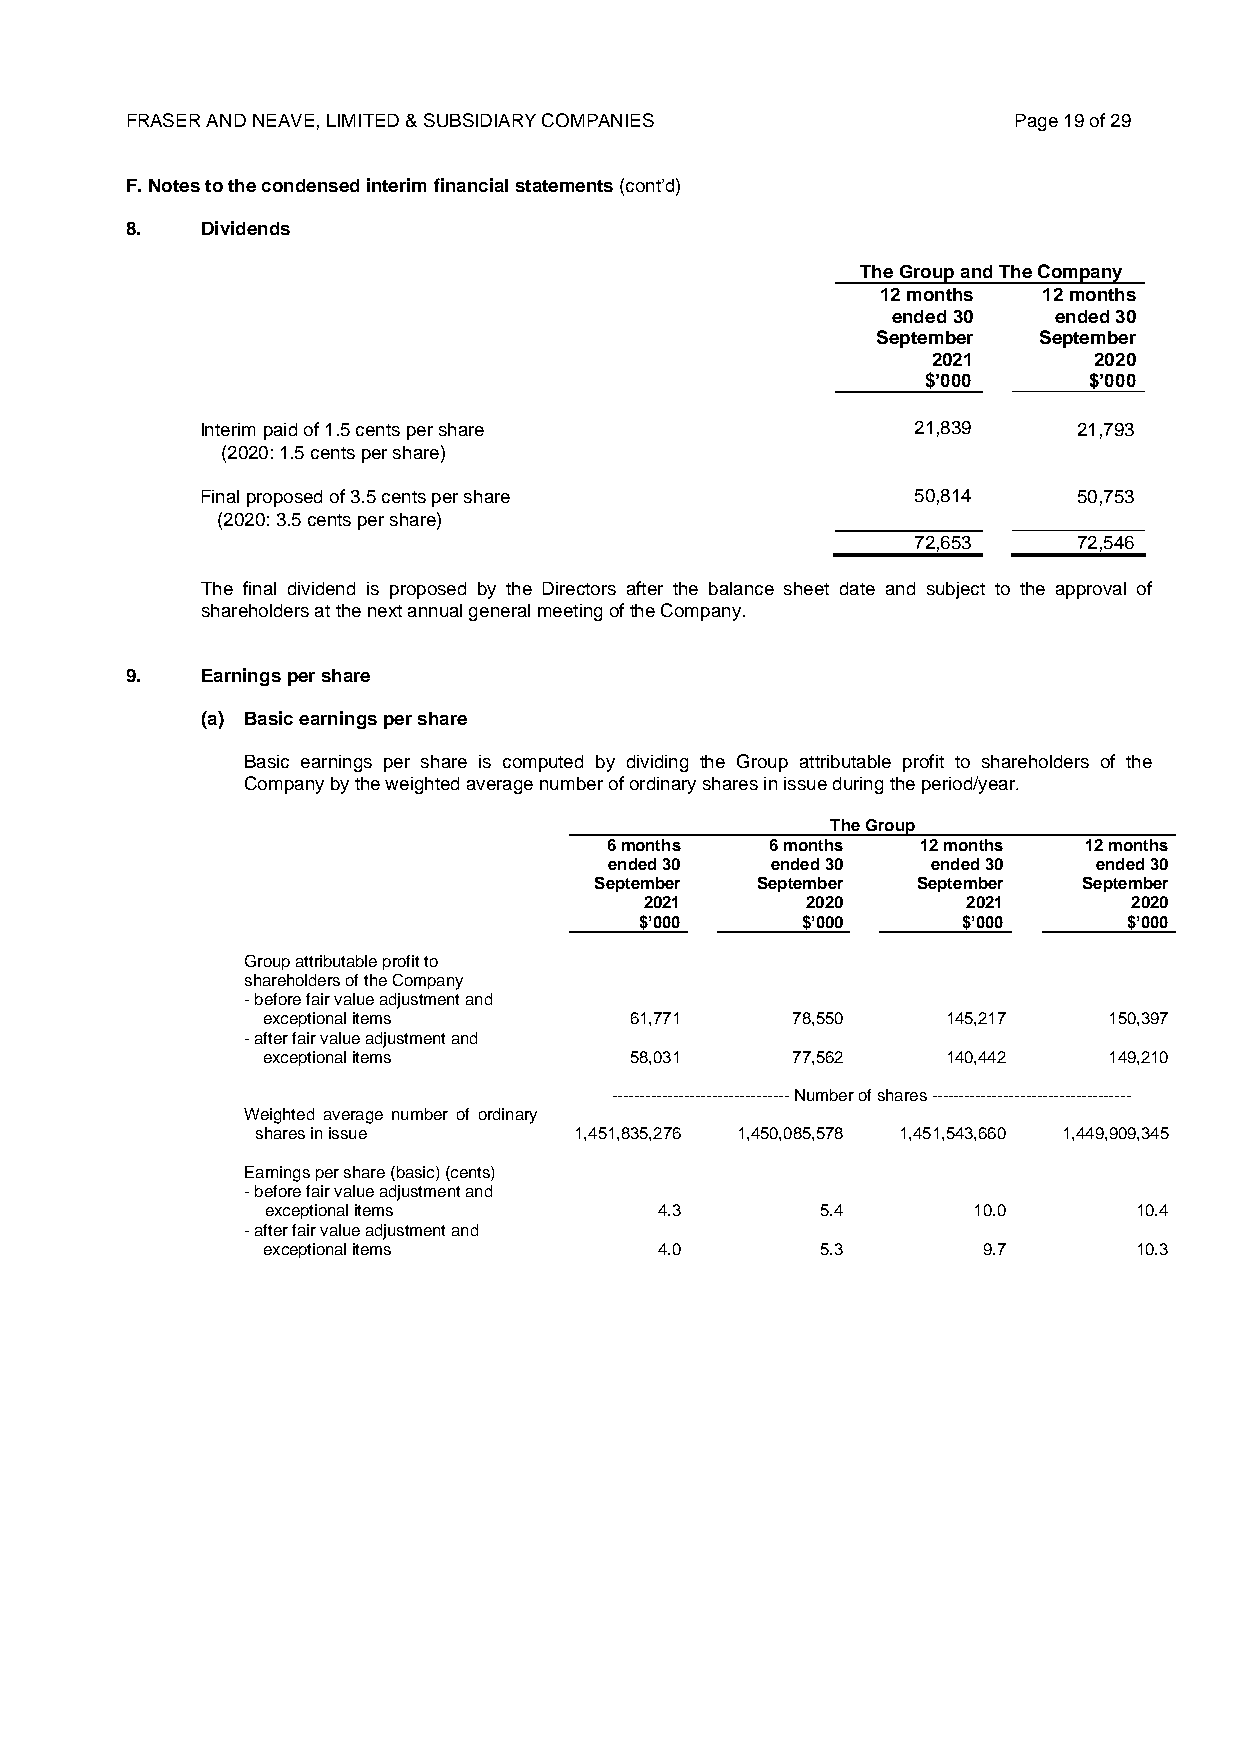
FRASER AND NEAVE, LIMITED & SUBSIDIARY COMPANIES           Page 19 of 29
 F. Notes to the condensed interim financial statements (cont’d)
 8.   Dividends
 The Group and The Company
 12 months  12 months
 ended 30   ended 30
 September  September
 2021      2020
 $’000      $’000
 Interim paid of 1.5 cents per share             21,839    21,793
 (2020: 1.5 cents per share)
 Final proposed of 3.5 cents per share           50,814    50,753
 (2020: 3.5 cents per share)
 72,653    72,546
 The final dividend is proposed by the Directors after the balance sheet date and subject to the approval of
 shareholders at the next annual general meeting of the Company.
 9.   Earnings per share
 (a) Basic earnings per share
 Basic earnings per share is computed by dividing the Group attributable profit to shareholders of the
 Company by the weighted average number of ordinary shares in issue during the period/year.
 The Group
 6 months   6 months  12 months  12 months
 ended 30   ended 30   ended 30   ended 30
 September  September  September  September
 2021      2020       2021       2020
 $’000      $’000      $’000      $’000
 Group attributable profit to
 shareholders of the Company
 - before fair value adjustment and
 exceptional items        61,771    78,550     145,217   150,397
 - after fair value adjustment and
 exceptional items        58,031    77,562     140,442   149,210
 -------------------------------- Number of shares ------------------------------------
 Weighted average number of ordinary
 shares in issue      1,451,835,276 1,450,085,578 1,451,543,660 1,449,909,345
 Earnings per share (basic) (cents)
 - before fair value adjustment and
 exceptional items         4.3       5.4       10.0       10.4
 - after fair value adjustment and
 exceptional items          4.0       5.3        9.7       10.3